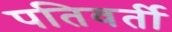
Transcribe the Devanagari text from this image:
पतिवर्ती